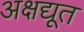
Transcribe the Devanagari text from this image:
अक्षद्यूत